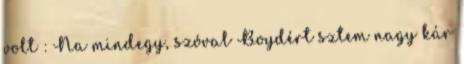
volt : Na mindegy, szóval Boydért sztem nagy kár